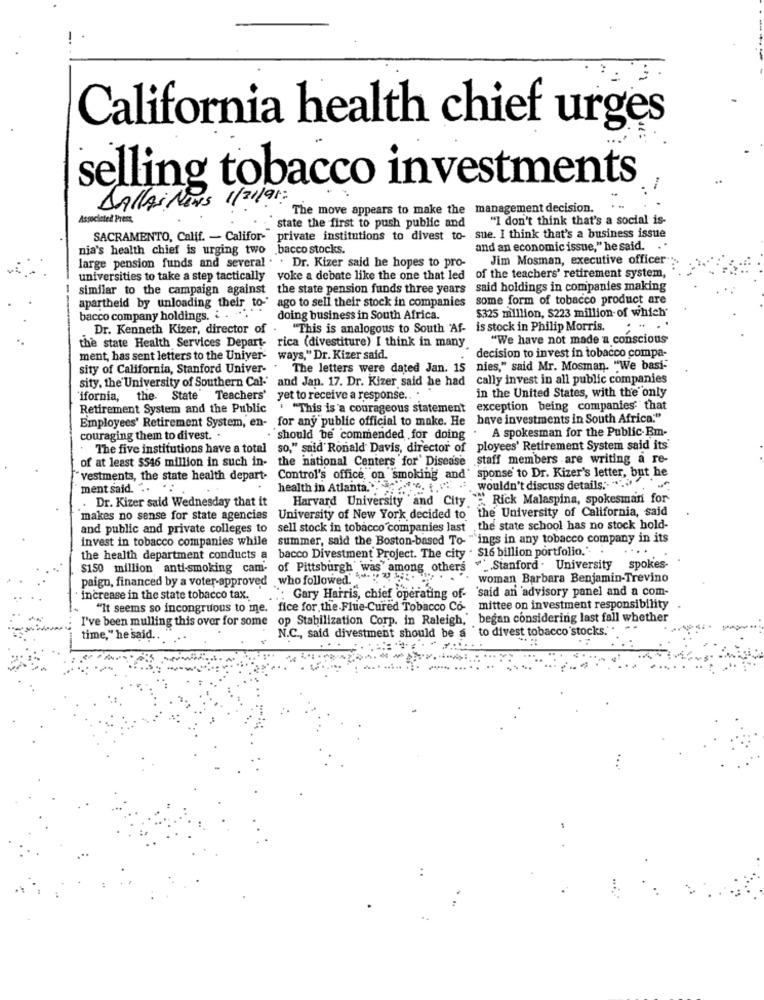
California health chief urges
selling tobacco investments
DALLAS NENS 1/21/91 :
The move appears to make the management decision.
Associated Press
state the first to push public and
"I don't think that's a social is-
SACRAMENTO, Calif. - Califor- private institutions to divest to-
sue. I think that's a business issue
nia's health chief is urging two bacco stocks.
and an economic issue," he said.
large pension funds and several . . Dr. Kizer said he hopes to pro-
Jim Mosman, executive officer
universities to take a step tactically voke a debate like the one that led
of the teachers' retirement system,
similar to the campaign against the state pension funds three years said holdings in companies making
apartheid by unloading their to- ago to sell their stock in companies
some form of tobacco product are
$325 million, S223 million-of which'
bacco company holdings. : . .... ..
doing business in South Africa.
Dr. Kenneth Kizer, director of .
"This is analogous to South "Af- is stock in Philip Morris.
"We have not made a conscious
the state Health Services Depart- rica (divestiture) I think in many.
ment, has sent letters to the Univer-
ways," Dr. Kizer said.
decision to invest in tobacco compa-
sity of California, Stanford Univer-
The letters were dated Jan. 15
nies," said Mr. Mosman. "We basi-
sity, the University of Southern Cal-'
and Jan. 17. Dr. Kizer said he had
cally invest in all public companies
in the United States, with the only
"ifornia, the State Teachers' yet to receive a response .. .
Retirement System and the Public . "This is a courageous statement
exception being companies that
Employees' Retirement System, en- for any public official to make. He have investments in South Africa."
should be commended for doing . A spokesman for the Public- Em-
couraging them to divest. .
The five institutions have a total so," said' Ronald Davis, director of ployees' Retirement System said its'
of at least $546 million in such in-
the national Centers for' Disease staff members are writing a re-
"vestments, the state health depart. Control's office, on smoking and' sponse to Dr. Kizer's letter, but he
ment said. " .. ..
health in Atlanta. . chef 6. t .. . wouldn't discuss details .. ".
. Dr. Kizer said Wednesday that it
Harvard University and City "" Rick Malaspina, spokesman for
makes no sense for state agencies University of New York decided to the University of California, said
and public and private colleges to sell stock in tobacco companies last
the state school has no stock hold-
invest in tobacco companies while
summer, said the Boston-based To- "`ings in any tobacco company in its
bacco Divestment Project. The city . $16 billion portfolio .. .
the health department conducts a
$150 million anti-smoking cam. of Pittsburgh was among others ". Stanford University spokes-
paign, financed by a voter-approved who followed. woman Barbara Benjamin-Trevino
": Gary Harris, chief operating of- 'said an advisory panel and a com-
increase in the state tobacco tax.
"It seems so incongruous to me. fice for the Flue-Cured Tobacco Co- mittee on investment responsibility
I've been mulling this over for some op Stabilization Corp. in Raleigh,' began considering last fall whether
N.C ., said divestment should be a 'to divest tobacco stocks." .
time," he said.